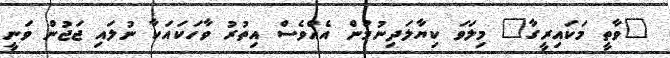
"ވާތީ މަކައިރީގާ" މިލަވަ ކިޔާލަދިނުމުން އެއްވެސް އިތުރު ވާހަކައަކާ ނުލައި ޖަޖުން ވަނީ